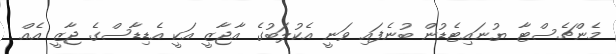
މެންޗެސްޓާ ޔުނައިޓެޑުން ބުނެފައި ވަނީ އެކުލަބުގެ އާޖާޒީ އަކީ އެޑިޑާސްގެ ޖާޒީ އެއް